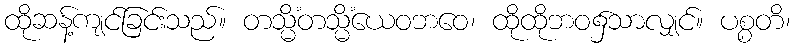
ထိုဆန့်ကျင်ခြင်းသည်။ တသ္မိံတသ္မိံယေဝဘဝေ၊ ထိုထိုဘဝ၌သာလျှင်။ ပစ္စတိ၊